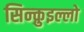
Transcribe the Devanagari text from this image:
सिन्क़ुइल्लो